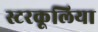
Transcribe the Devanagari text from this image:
स्टरकूलिया